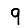
Digit: 9